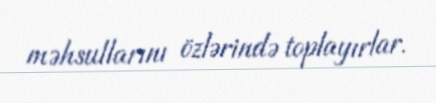
məhsullarını özlərində toplayırlar.